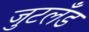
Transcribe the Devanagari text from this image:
जुटलँड